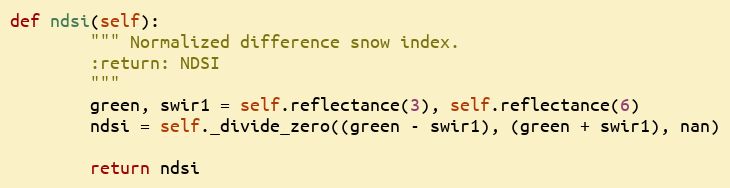
Language: Python
def ndsi(self):
        """ Normalized difference snow index.
        :return: NDSI
        """
        green, swir1 = self.reflectance(3), self.reflectance(6)
        ndsi = self._divide_zero((green - swir1), (green + swir1), nan)

        return ndsi